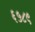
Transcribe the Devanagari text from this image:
६५८९